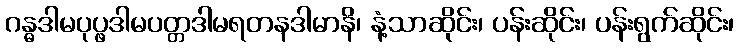
ဂန္ဓဒါမပုပ္ဖဒါမပတ္တဒါမရတနဒါမာနိ၊ နံ့သာဆိုင်း၊ ပန်းဆိုင်း၊ ပန်းရွက်ဆိုင်း၊